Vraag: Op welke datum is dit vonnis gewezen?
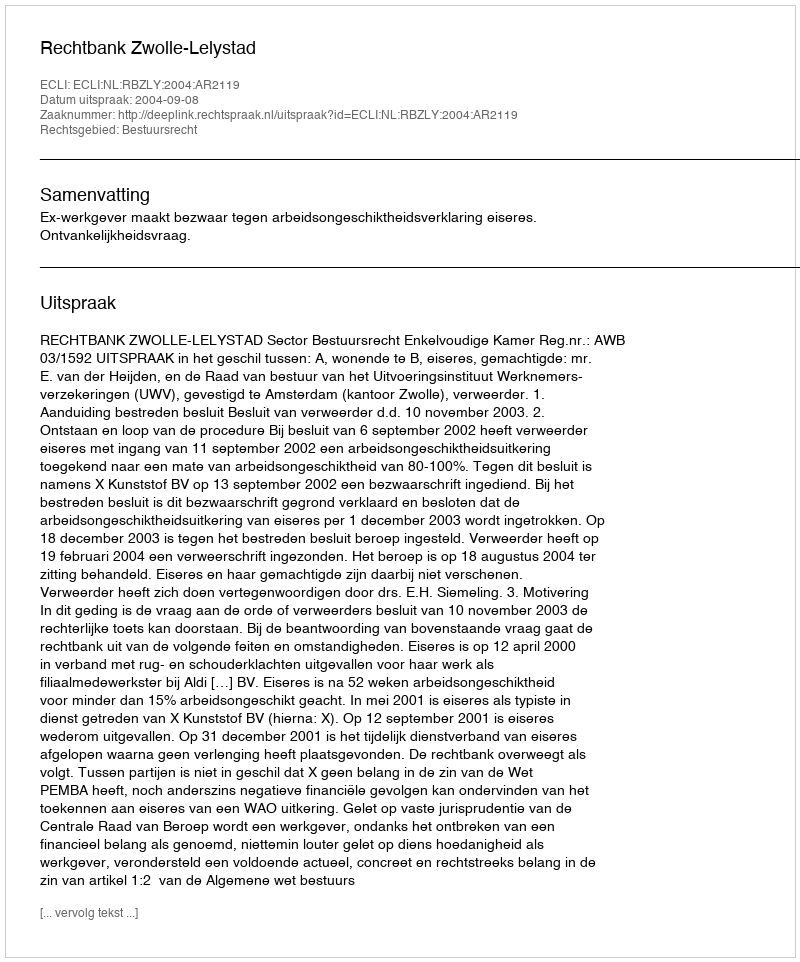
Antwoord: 2004-09-08